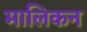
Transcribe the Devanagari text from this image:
मालिकन